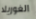
الغوريلا